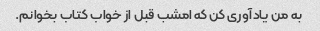
به من یادآوری کن که امشب قبل از خواب کتاب بخوانم.